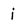
Character: i